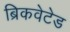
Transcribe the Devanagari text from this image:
ब्रिकवेटेड